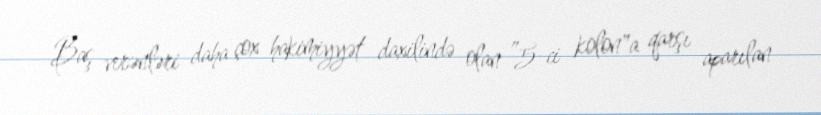
Baş verənləri daha çox hakimiyyət daxilində olan ”5-ci kolon"a qarşı aparılan